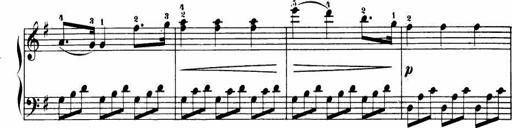
Title: Le bouquetier
Composer: Anton Diabelli
Key: G major
 C major
 F major
 C major